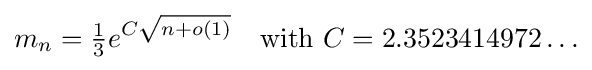
m_{n}={\tfrac {1}{3}}e^{C{\sqrt {n+o(1)}}}\quad {\text{with }}C=2.3523414972\ldots